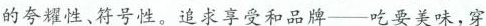
的夸耀性、符号性。追求享受和品牌--吃要美味，穿